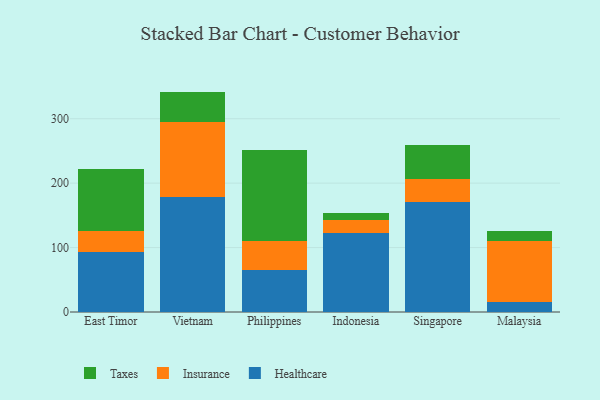
{"axis": {"x": "Country", "y": "Humidity (%)"}, "legend": ["Healthcare", "Insurance", "Taxes"], "data": [{"x": "East Timor", "y": 92.6, "type": "Healthcare"}, {"x": "East Timor", "y": 33.5, "type": "Insurance"}, {"x": "East Timor", "y": 96.2, "type": "Taxes"}, {"x": "Vietnam", "y": 178.2, "type": "Healthcare"}, {"x": "Vietnam", "y": 116.0, "type": "Insurance"}, {"x": "Vietnam", "y": 47.9, "type": "Taxes"}, {"x": "Philippines", "y": 65.8, "type": "Healthcare"}, {"x": "Philippines", "y": 44.8, "type": "Insurance"}, {"x": "Philippines", "y": 141.5, "type": "Taxes"}, {"x": "Indonesia", "y": 122.3, "type": "Healthcare"}, {"x": "Indonesia", "y": 20.3, "type": "Insurance"}, {"x": "Indonesia", "y": 11.8, "type": "Taxes"}, {"x": "Singapore", "y": 170.1, "type": "Healthcare"}, {"x": "Singapore", "y": 36.3, "type": "Insurance"}, {"x": "Singapore", "y": 53.0, "type": "Taxes"}, {"x": "Malaysia", "y": 14.9, "type": "Healthcare"}, {"x": "Malaysia", "y": 95.3, "type": "Insurance"}, {"x": "Malaysia", "y": 15.3, "type": "Taxes"}]}